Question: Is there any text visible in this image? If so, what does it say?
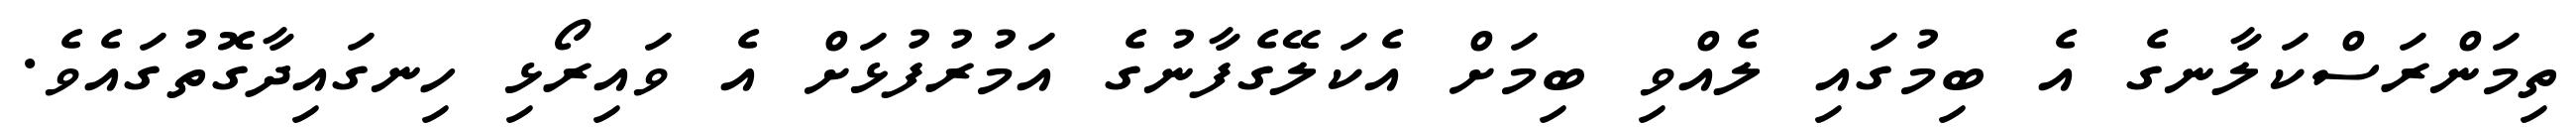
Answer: ތިމަންރަސްކަލާނގެ އެ ބިމުގައި ލެއްވި ބިމަށް އެކަލޭގެފާނުގެ އަމުރުފުޅަށް އެ ވައިރޯޅި ހިނގައިދާގޮތުގައެވެ.